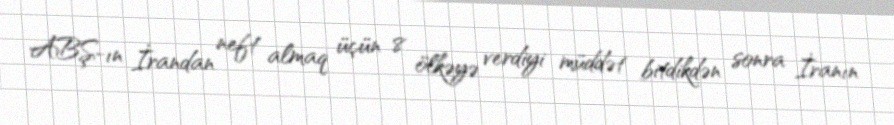
ABŞ-ın İrandan neft almaq üçün 8 ölkəyə verdiyi müddət bitdikdən sonra İranın